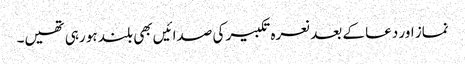
نماز اور دعا کے بعد نعرہ تکبیر کی صدائیں بھی بلند ہو رہی تھیں۔